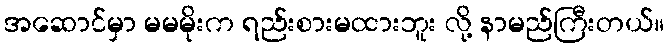
အဆောင်မှာ မမမိုးက ရည်းစားမထားဘူး လို့ နာမည်ကြီးတယ်။